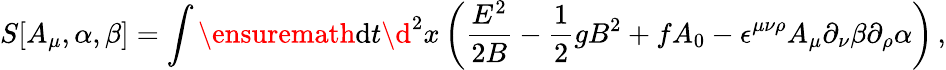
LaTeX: S[A_{\mu},\alpha,\beta]=\int\ensuremath{\operatorname{d}\! {}t\d{}}^{2}x\left(\frac{E^{2}}{2B}-\frac{1}{2}gB^{2}+fA_{0}-\epsilon^{\mu\nu\rho}A_{\mu}\partial_{\nu}\beta\partial_{\rho}\alpha\right)\, ,